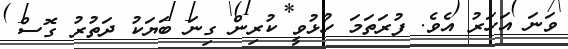
ވަނަ އަހަރު އެވެ. ފުރަތަމަ ހުޅުވީ ކުރިން ގިނަ ބަޔަކު ދަތުރު ގޮސް